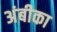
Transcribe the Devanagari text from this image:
अंबीका